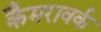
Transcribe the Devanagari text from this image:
कैमरावर्क